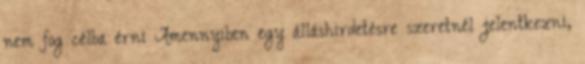
nem fog célba érni Amennyiben egy álláshirdetésre szeretnél jelentkezni,